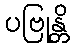
ပဗြုန္တိ